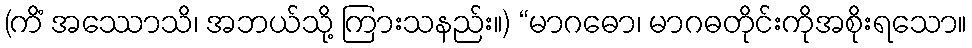
(ကိံ အဿောသိ၊ အဘယ်သို့ ကြားသနည်း။) “မာဂဓော၊ မာဂဓတိုင်းကိုအစိုးရသော။